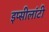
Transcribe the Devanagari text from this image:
इप्सीलांटी